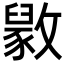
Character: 𫿘